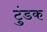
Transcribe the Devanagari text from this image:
टुंडक